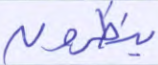
ينظرون